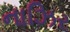
નાઝિર